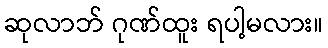
ဆုလာဘ် ဂုဏ်ထူး ရပါ့မလား။